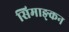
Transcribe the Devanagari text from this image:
सिमाङ्कन